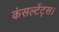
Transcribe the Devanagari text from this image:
कंसल्टेंट्स।